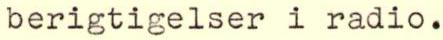
berigtigelser i radio.